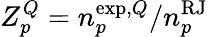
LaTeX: Z_{p}^{Q}={n}_{p}^{\mathrm{exp},Q}/n_{p}^{\mathrm{RJ}}